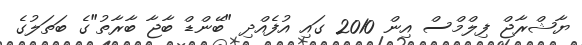
ޔާޝްރާޖް ފިލްމްސް އިން 2010 ގައި އުފެއްދި "ބޭންޑް ބާޖާ ބާރާތު"ގެ ބަތަލުގެ